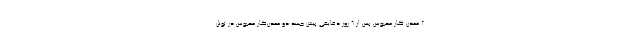
2 معدن کار محبوس پس از 6 روز دقایقی پیش جسد دو معدن‌کار محبوس در تونل